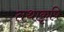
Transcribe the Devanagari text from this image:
तथाकृषि